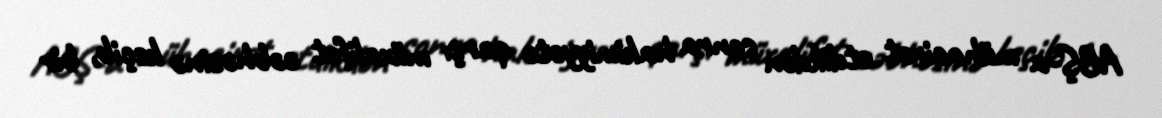
ABŞ-a mühacirət etdikdən sonra hakimiyyətə qarşı müxalifət cəbhəsinə keçib, bir